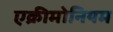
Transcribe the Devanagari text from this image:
एक्रीमोनियम